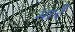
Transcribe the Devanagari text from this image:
मारेंं